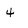
Character: 4